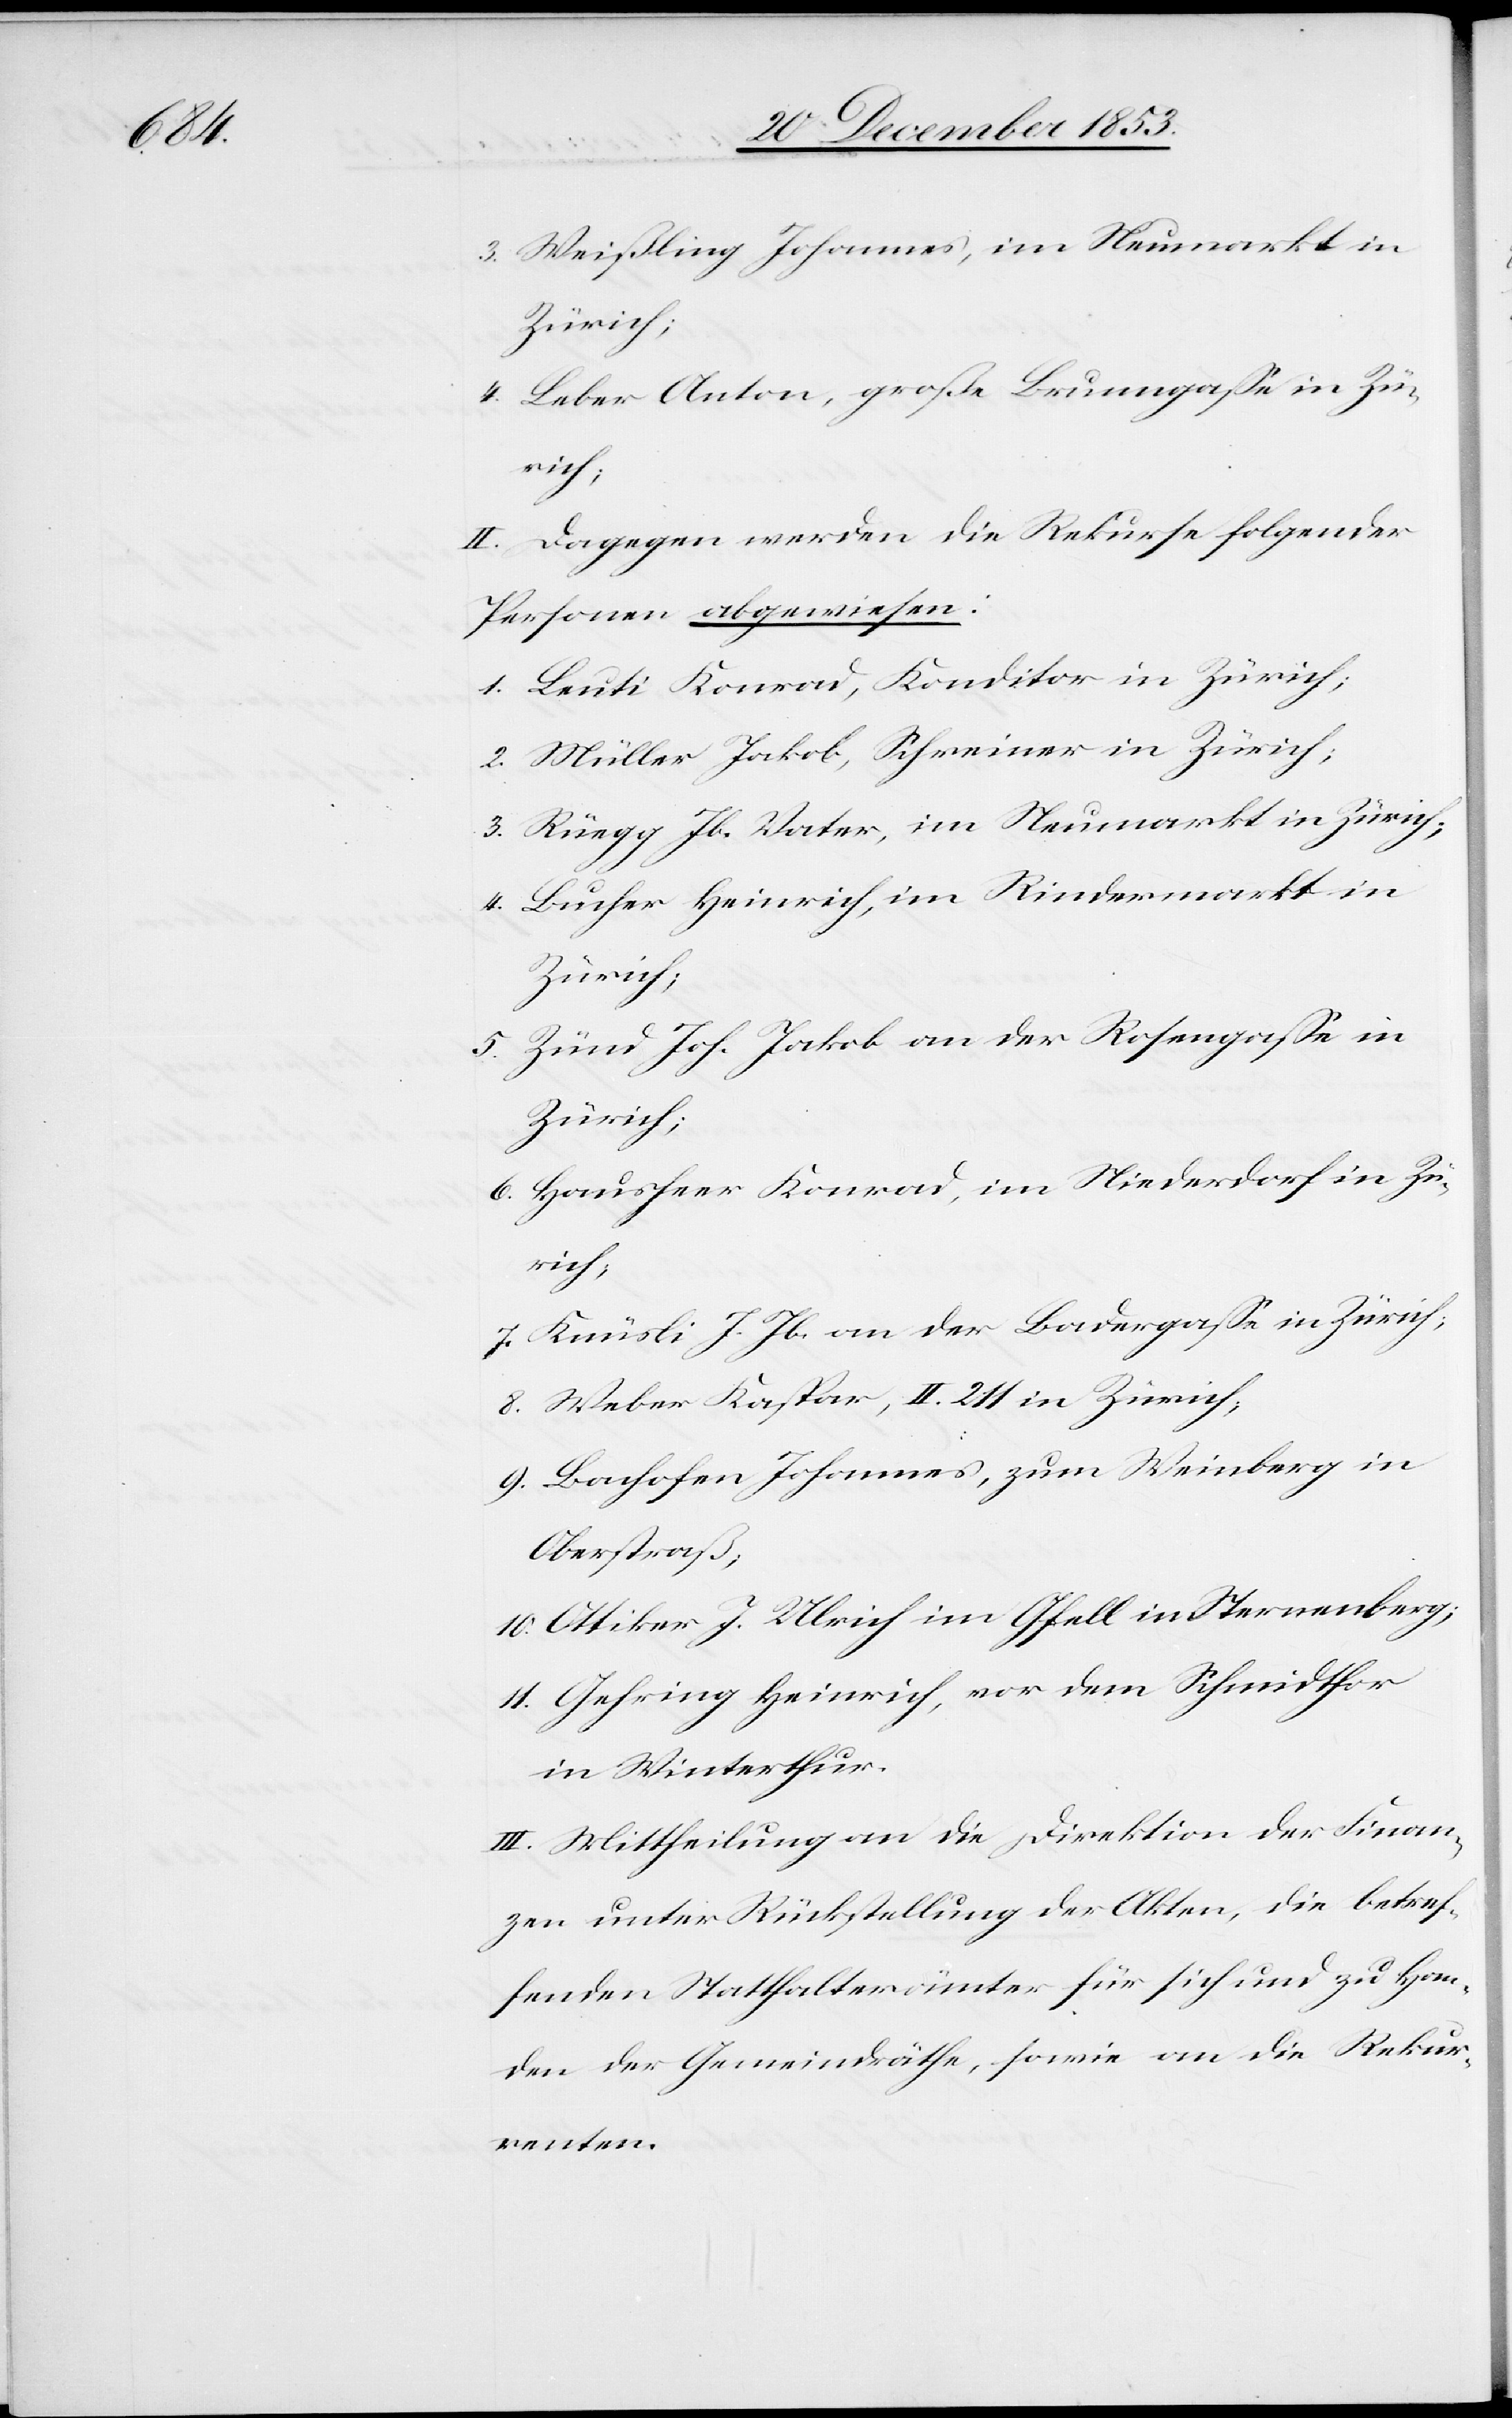
3. Weißling Johannes, im Neumarkt in
Zürich;
4. Leber Anton, große Brunngaße in Zü¬
rich;
II. Dagegen werden die Rekurse folgender
Personen abgewiesen:
1. Leuti Konrad, Konditor in Zürich;
2. Müller Jakob, Schreiner in Zürich;
3. Rüegg Jb. Vater, im Neumarkt in Zürich;
4. Lucher Heinrich, im Rindermarkt in
Zürich;
5. Zünd Joh. Jakob an der Rosengaße in
Zürich;
6. Hausheer Konrad, im Niederdorf in Zü¬
rich,
7. Knüsli J. Jb. an der Badergaße in Zürich,
8. Weber Kaspar, II. 211 in Zürich,
9. Bachofen Johannes, zum Weinberg in
Oberstraß,
10. Ottiker J. Ulrich im Gfell in Sternenberg;
11. Gehring Heinrich, vor dem Schmidthor
in Winterthur.
III. Mittheilung an die Direktion der Finan¬
zen unter Rückstellung der Akten, die betref¬
fenden Statthalterämter für sich und zu Han¬
den der Gemeindräthe, sowie an die Rekur¬
renten.